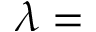
\lambda =